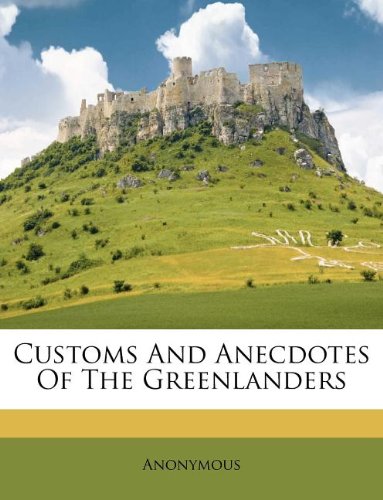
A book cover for Customs And Anecdotes Of The Greenlanders; History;